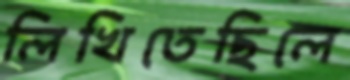
লিখিতেছিলে